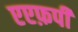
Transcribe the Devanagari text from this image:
एएफ़पी